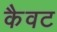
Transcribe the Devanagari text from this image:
कैवट